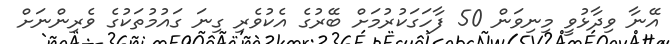
އޭނާ ވިދާޅުވީ މިނިވަން 50 ފާހަގަކުރުމަށް ބޭރުގެ އެކުވެރި ގިނަ ގައުމުތަކުގެ ވެރިންނަށް